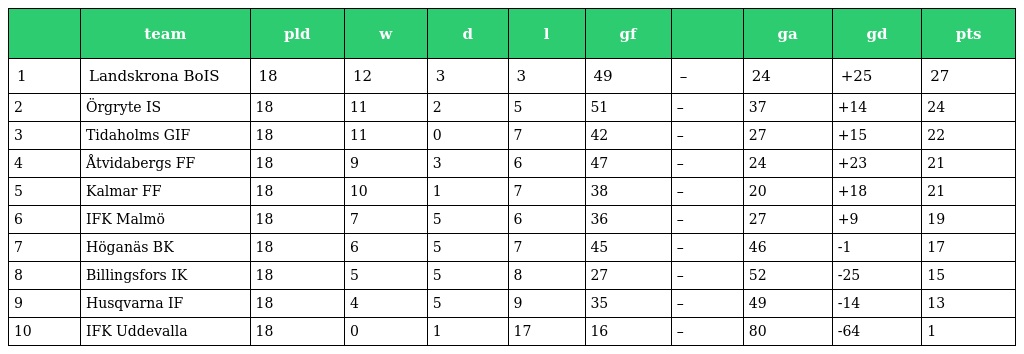
|  | team | pld | w | d | l | gf |  | ga | gd | pts |
 | --- | --- | --- | --- | --- | --- | --- | --- | --- | --- | --- |
 | 1 | Landskrona BoIS | 18 | 12 | 3 | 3 | 49 | – | 24 | +25 | 27 |
 | 2 | Örgryte IS | 18 | 11 | 2 | 5 | 51 | – | 37 | +14 | 24 |
 | 3 | Tidaholms GIF | 18 | 11 | 0 | 7 | 42 | – | 27 | +15 | 22 |
 | 4 | Åtvidabergs FF | 18 | 9 | 3 | 6 | 47 | – | 24 | +23 | 21 |
 | 5 | Kalmar FF | 18 | 10 | 1 | 7 | 38 | – | 20 | +18 | 21 |
 | 6 | IFK Malmö | 18 | 7 | 5 | 6 | 36 | – | 27 | +9 | 19 |
 | 7 | Höganäs BK | 18 | 6 | 5 | 7 | 45 | – | 46 | -1 | 17 |
 | 8 | Billingsfors IK | 18 | 5 | 5 | 8 | 27 | – | 52 | -25 | 15 |
 | 9 | Husqvarna IF | 18 | 4 | 5 | 9 | 35 | – | 49 | -14 | 13 |
 | 10 | IFK Uddevalla | 18 | 0 | 1 | 17 | 16 | – | 80 | -64 | 1 |